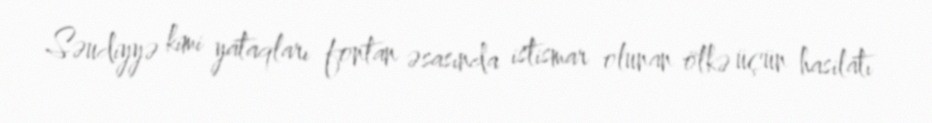
Səudiyyə kimi yataqları fontan əsasında istismar olunan ölkə üçün hasilatı